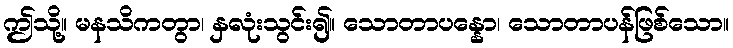
ဤသို့။ မနသိကတွာ၊ နှလုံးသွင်း၍။ သောတာပန္နော၊ သောတာပန်ဖြစ်သော။